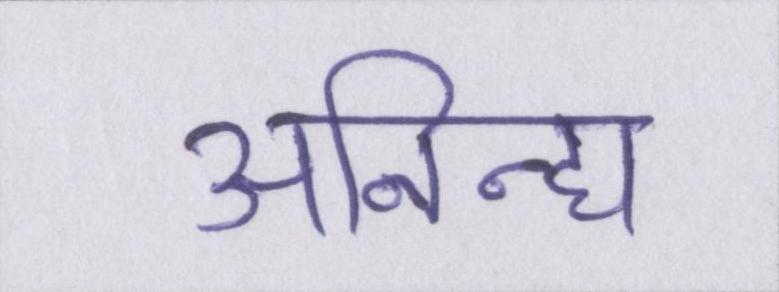
अनिन्द्य